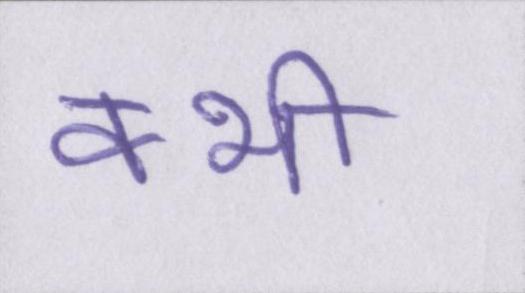
क्भी